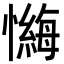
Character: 𪬶